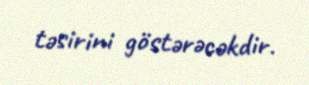
təsirini göstərəcəkdir.